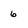
Character: 6